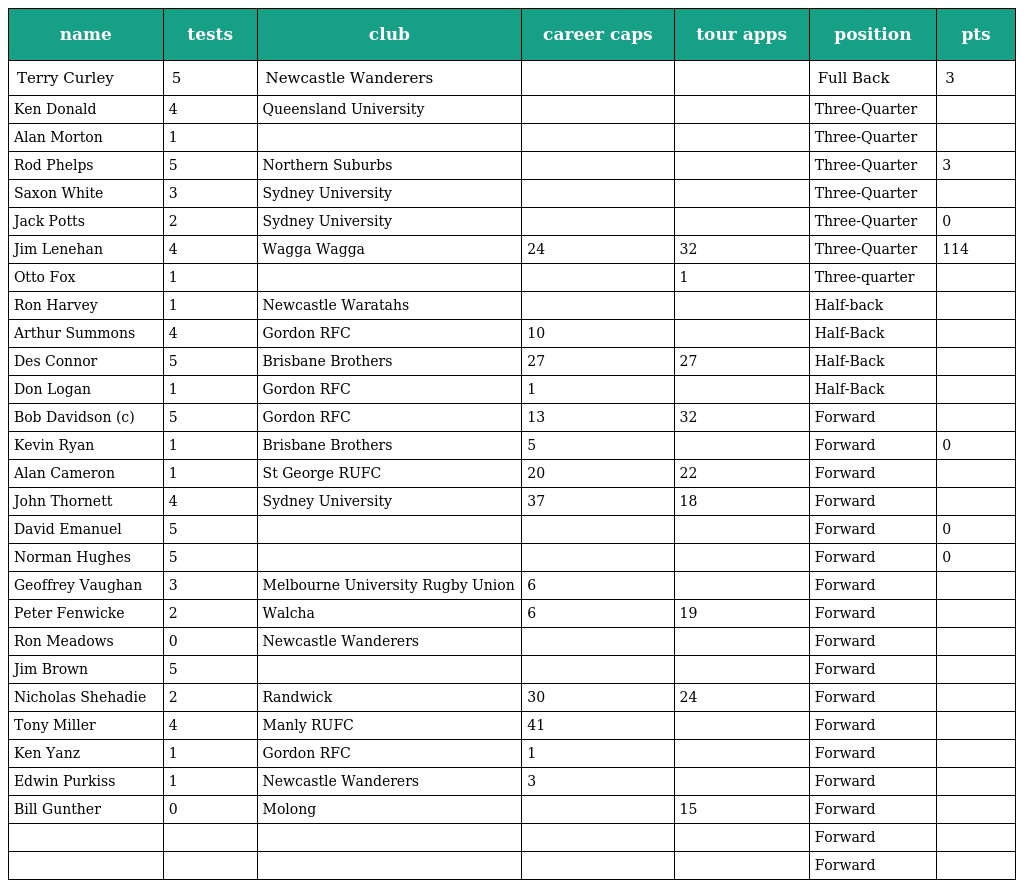
| name | tests | club | career caps | tour apps | position | pts |
 | --- | --- | --- | --- | --- | --- | --- |
 | Terry Curley | 5 | Newcastle Wanderers |  |  | Full Back | 3 |
 | Ken Donald | 4 | Queensland University |  |  | Three-Quarter |  |
 | Alan Morton | 1 |  |  |  | Three-Quarter |  |
 | Rod Phelps | 5 | Northern Suburbs |  |  | Three-Quarter | 3 |
 | Saxon White | 3 | Sydney University |  |  | Three-Quarter |  |
 | Jack Potts | 2 | Sydney University |  |  | Three-Quarter | 0 |
 | Jim Lenehan | 4 | Wagga Wagga | 24 | 32 | Three-Quarter | 114 |
 | Otto Fox | 1 |  |  | 1 | Three-quarter |  |
 | Ron Harvey | 1 | Newcastle Waratahs |  |  | Half-back |  |
 | Arthur Summons | 4 | Gordon RFC | 10 |  | Half-Back |  |
 | Des Connor | 5 | Brisbane Brothers | 27 | 27 | Half-Back |  |
 | Don Logan | 1 | Gordon RFC | 1 |  | Half-Back |  |
 | Bob Davidson (c) | 5 | Gordon RFC | 13 | 32 | Forward |  |
 | Kevin Ryan | 1 | Brisbane Brothers | 5 |  | Forward | 0 |
 | Alan Cameron | 1 | St George RUFC | 20 | 22 | Forward |  |
 | John Thornett | 4 | Sydney University | 37 | 18 | Forward |  |
 | David Emanuel | 5 |  |  |  | Forward | 0 |
 | Norman Hughes | 5 |  |  |  | Forward | 0 |
 | Geoffrey Vaughan | 3 | Melbourne University Rugby Union | 6 |  | Forward |  |
 | Peter Fenwicke | 2 | Walcha | 6 | 19 | Forward |  |
 | Ron Meadows | 0 | Newcastle Wanderers |  |  | Forward |  |
 | Jim Brown | 5 |  |  |  | Forward |  |
 | Nicholas Shehadie | 2 | Randwick | 30 | 24 | Forward |  |
 | Tony Miller | 4 | Manly RUFC | 41 |  | Forward |  |
 | Ken Yanz | 1 | Gordon RFC | 1 |  | Forward |  |
 | Edwin Purkiss | 1 | Newcastle Wanderers | 3 |  | Forward |  |
 | Bill Gunther | 0 | Molong |  | 15 | Forward |  |
 |  |  |  |  |  | Forward |  |
 |  |  |  |  |  | Forward |  |